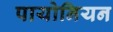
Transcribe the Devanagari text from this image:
पायोनियन